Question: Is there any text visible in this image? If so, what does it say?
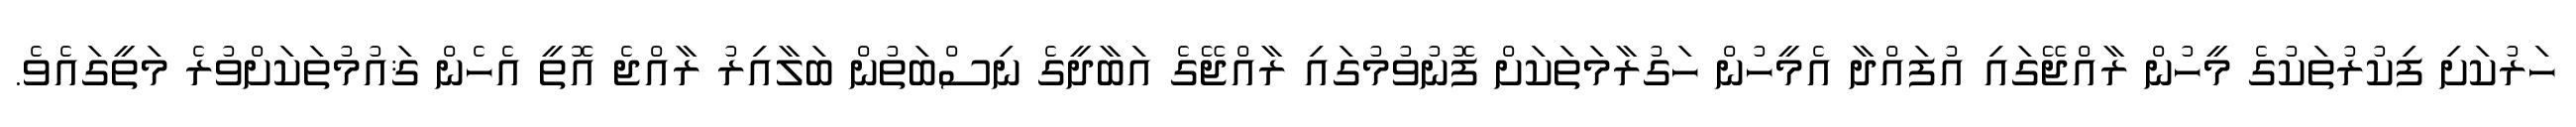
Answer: ހަރުކަށި ފިކުރުތަކުގެ މީހުން ރާއްޖޭގައި އުފައްދާ އެމީހުން ހަގުރާމަތަކަށް ފޮނުވުމުގައި ރާއްޖޭގެ އަބާދީގެ ނިސްބަތުން ބަލާއިރު ރާއްޖެ އޮތީ އެހެން ޤައުމުތަކަށްވުރެ މަތީގައެވެ.